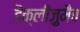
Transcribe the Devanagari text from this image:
डैक्लीज़ुमैब